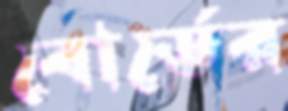
বোর্ডের